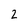
Character: 2